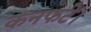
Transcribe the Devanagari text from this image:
कनफटे।